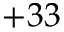
+ 3 3